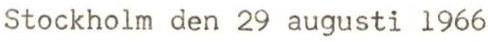
Stockholm den 29 augusti 1966